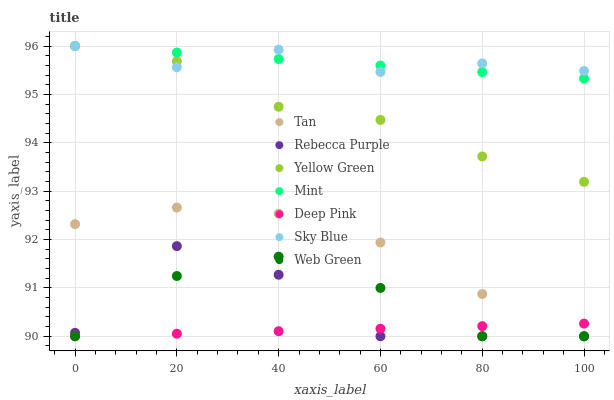
| xaxis_label | Tan | Rebecca Purple | Yellow Green | Mint | Deep Pink | Sky Blue | Web Green |
 | --- | --- | --- | --- | --- | --- | --- | --- |
 | 0 | 92.3 | 90.1 | 96 | 96 | 90 | 96 | 90 |
 | 20 | 92.7 | 91.9 | 95.7 | 95.9 | 90.1 | 95.6 | 91.2 |
 | 40 | 92.5 | 91.3 | 94.7 | 95.7 | 90.1 | 95.9 | 91.6 |
 | 60 | 91.9 | 90 | 94.5 | 95.6 | 90.2 | 95.5 | 91 |
 | 80 | 90.9 | 90 | 93.7 | 95.5 | 90.2 | 95.6 | 90 |
 | 100 | 90 | 90 | 93.2 | 95.3 | 90.3 | 95.5 | 90 |